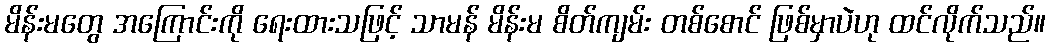
မိန်းမတွေ အကြောင်းကို ရေးထားသဖြင့် သာမန် မိန်းမ စိတ်ကျမ်း တစ်စောင် ဖြစ်မှာပဲဟု ထင်လိုက်သည်။